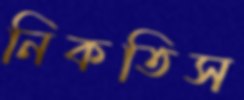
নিকতিস